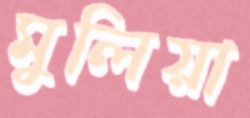
মুলিয়া